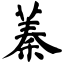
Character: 蓁